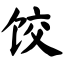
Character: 饺